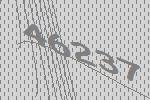
46237